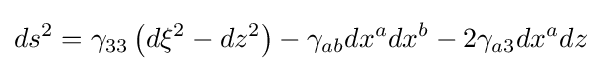
ds^{2}=\gamma _{33}\left(d\xi ^{2}-dz^{2}\right)-\gamma _{ab}dx^{a}dx^{b}-2\gamma _{a3}dx^{a}dz